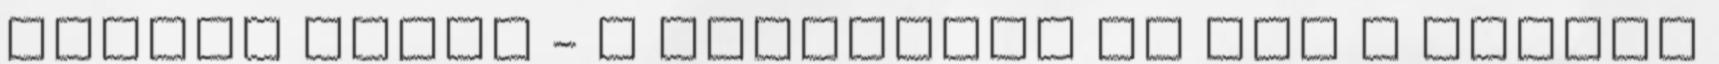
sonoma tölgy - a választás az Öné A termék